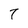
Character: 7